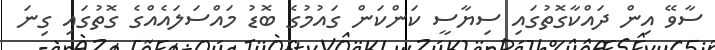
ސާވޭ އިން ދައްކާގޮތުގައި ސިޔާސީ ކަންކަން ގައުމުގެ ބޮޑު މައްސަލައެއްގެ ގޮތުގައި ގިނަ